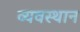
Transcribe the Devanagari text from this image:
व्यवस्थान